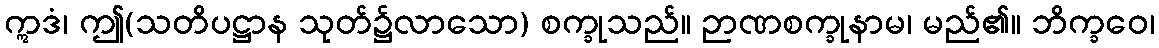
ဣဒံ၊ ဤ(သတိပဋ္ဌာန သုတ်၌လာသော) စက္ခုသည်။ ဉာဏစက္ခုနာမ၊ မည်၏။ ဘိက္ခဝေ၊